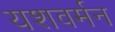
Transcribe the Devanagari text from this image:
यशवर्मन